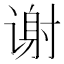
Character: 谢